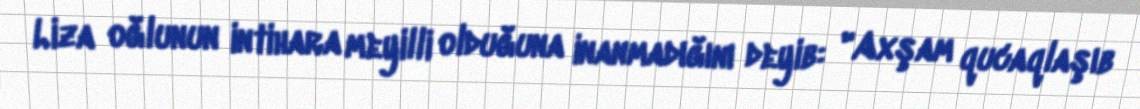
Liza oğlunun intihara meyilli olduğuna inanmadığını deyib: "Axşam qucaqlaşıb